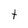
Character: t